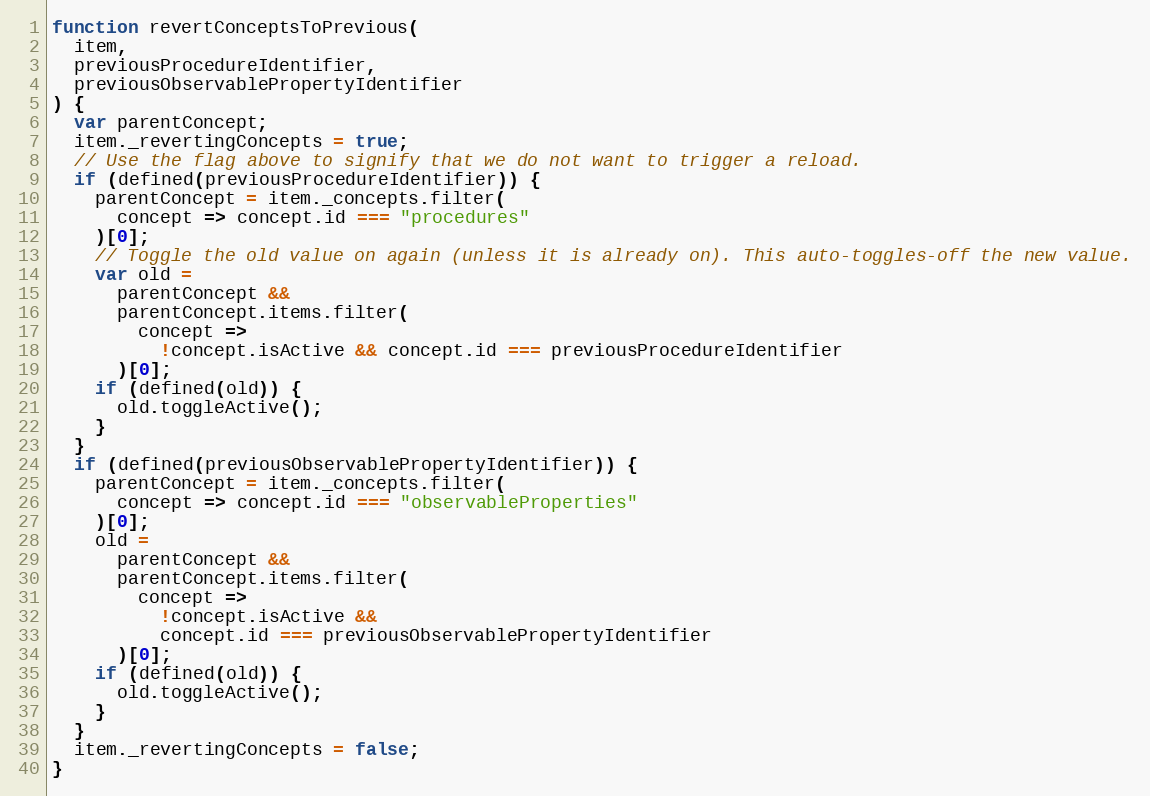
Language: JavaScript
function revertConceptsToPrevious(
  item,
  previousProcedureIdentifier,
  previousObservablePropertyIdentifier
) {
  var parentConcept;
  item._revertingConcepts = true;
  // Use the flag above to signify that we do not want to trigger a reload.
  if (defined(previousProcedureIdentifier)) {
    parentConcept = item._concepts.filter(
      concept => concept.id === "procedures"
    )[0];
    // Toggle the old value on again (unless it is already on). This auto-toggles-off the new value.
    var old =
      parentConcept &&
      parentConcept.items.filter(
        concept =>
          !concept.isActive && concept.id === previousProcedureIdentifier
      )[0];
    if (defined(old)) {
      old.toggleActive();
    }
  }
  if (defined(previousObservablePropertyIdentifier)) {
    parentConcept = item._concepts.filter(
      concept => concept.id === "observableProperties"
    )[0];
    old =
      parentConcept &&
      parentConcept.items.filter(
        concept =>
          !concept.isActive &&
          concept.id === previousObservablePropertyIdentifier
      )[0];
    if (defined(old)) {
      old.toggleActive();
    }
  }
  item._revertingConcepts = false;
}